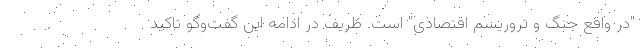
"در واقع جنگ و تروریسم اقتصادی" است. ظریف در ادامه این گفت‌وگو تاکید